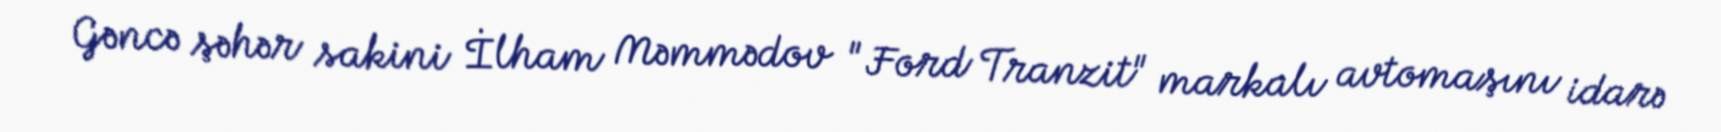
Gəncə şəhər sakini İlham Məmmədov "Ford Tranzit" markalı avtomaşını idarə